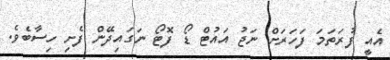
އެއީ ފުރަތަމަ ފަހަރަށް ނަޖު އައުޓް ޑޯ ފޮޓޯ ނަގައިދޭން ފެށި ހިސާބެވެ.